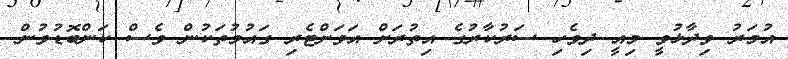
އުމަރު ވިދާޅުވީ މިއީ ދިވެހި ސަރުކާރުގެ އިތުރަށް އަވަށްޓެރި ގައުމުތަކުން ވެސް ކަންބޮޑުވުން